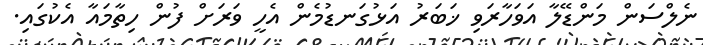
ނެލްސަން މަންޑޭލާ އަވަހާރަވި ޚަބަރު އަޅުގަނޑުމެން އެހީ ވަރަށް ފުން ހިތާމައާ އެކުގައި.